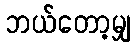
ဘယ်တော့မျှ